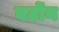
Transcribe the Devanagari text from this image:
बर्टोन